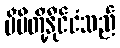
မိမိတို့နိုင်ငံသည်